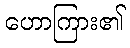
ဟောကြား၏